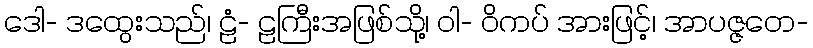
ဒေါ- ဒထွေးသည်၊ ဠံ- ဠကြီးအဖြစ်သို့၊ ဝါ- ဝိကပ် အားဖြင့်၊ အာပဇ္ဇတေ-